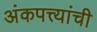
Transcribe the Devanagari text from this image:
अंकपत्त्यांची